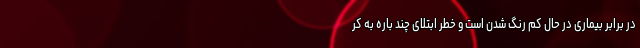
در برابر بیماری در حال کم رنگ شدن است و خطر ابتلای چند باره به کر